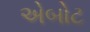
એબોટ